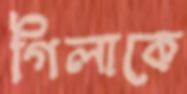
গিলাকে